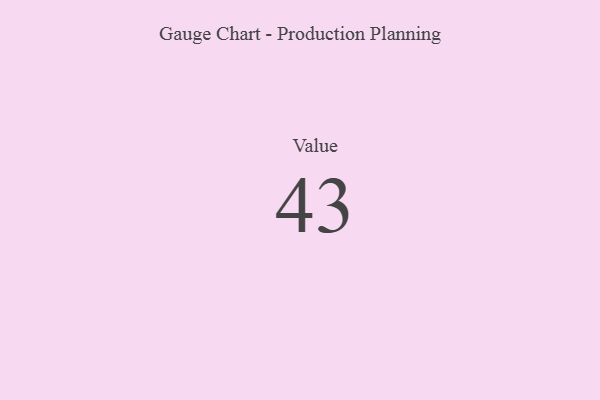
{"axis": {"x": "Metric", "y": "Value"}, "legend": [""], "data": [{"x": "Value", "y": 43, "type": ""}]}